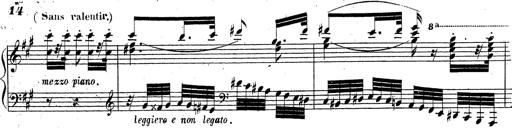
Title: Grande fantaisie sur la tyrolienne de l'opÃ©ra
Composer: Franz Liszt
Key: A major